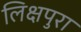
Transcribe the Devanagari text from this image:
लिक्षपुरा